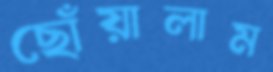
ছোঁয়ালাম